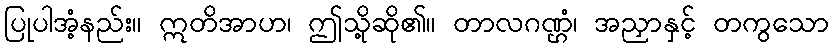
ပြုပါအံ့နည်း။ ဣတိအာဟ၊ ဤသို့ဆို၏။ တာလဂဏ္ဌံ၊ အညှာနှင့် တကွသော